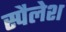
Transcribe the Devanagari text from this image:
स्पैलेश